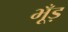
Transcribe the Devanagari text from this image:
भूँड़